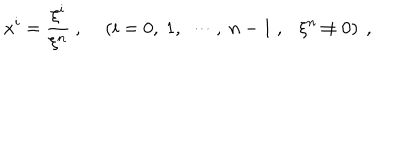
LaTeX: x ^ { i } = \frac { \xi ^ { i } } { \xi ^ { n } } ~ , ~ \left( i = 0 , ~ 1 , ~ \cdots , ~ n - 1 ~ , \xi ^ { n } \not = 0 \right) ~ ,